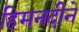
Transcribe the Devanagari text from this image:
हिमनदीने